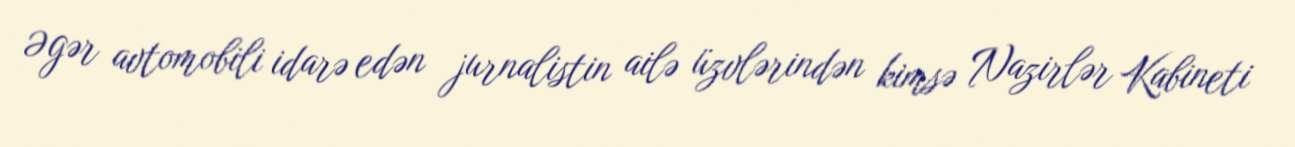
Əgər avtomobili idarə edən jurnalistin ailə üzvlərindən kimsə Nazirlər Kabineti